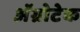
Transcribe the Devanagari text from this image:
अॅग्रोटेक